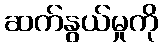
ဆက်နွယ်မှုကို